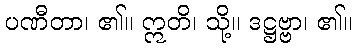
ပဏီတာ၊ ၏။ ဣတိ၊ သို့။ ဒဋ္ဌဗ္ဗာ၊ ၏။